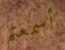
أسمعتم